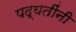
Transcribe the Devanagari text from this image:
पद्घतींनी